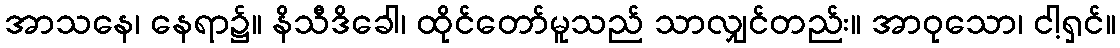
အာသနေ၊ နေရာ၌။ နိသီဒိခေါ၊ ထိုင်တော်မူသည် သာလျှင်တည်း။ အာဝုသော၊ ငါ့ရှင်။